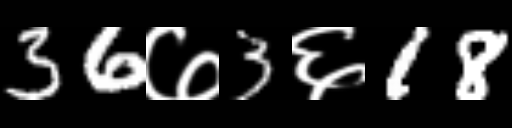
Text: 36७3६18